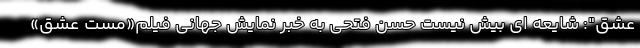
عشق": شایعه ای بیش نیست حسن فتحی به خبر نمایش جهانی فیلم«مست عشق»